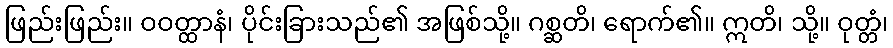
ဖြည်းဖြည်း။ ဝဝတ္ထာနံ၊ ပိုင်းခြားသည်၏ အဖြစ်သို့။ ဂစ္ဆတိ၊ ရောက်၏။ ဣတိ၊ သို့။ ဝုတ္တံ၊